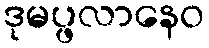
ဒုမပ္ဖလာနေဝ